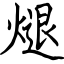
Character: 煺